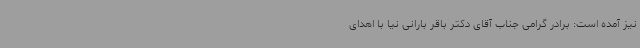
نیز آمده است: برادر گرامی جناب آقای دکتر باقر بارانی نیا با اهدای